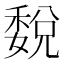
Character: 𥡉